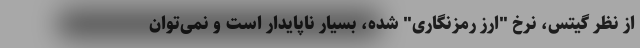
از نظر گیتس، نرخ "ارز رمزنگاری" شده، بسیار ناپایدار است و نمی‌توان